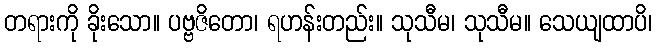
တရားကို ခိုးသော။ ပဗ္ဗဇိတော၊ ရဟန်းတည်း။ သုသီမ၊ သုသီမ။ သေယျထာပိ၊